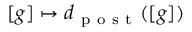
[ g ] \mapsto d _ { \mathrm { ~ p ~ o ~ s ~ t ~ } } ( [ g ] )